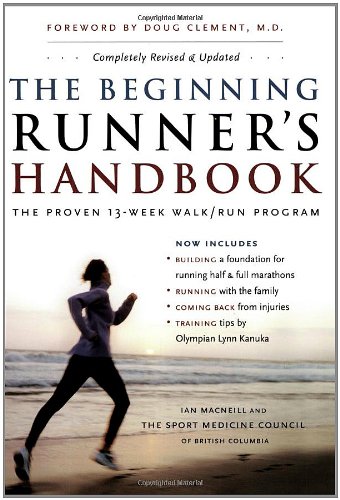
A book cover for The Beginning Runner's Handbook: The Proven 13-Week Walk/Run Program; SportMedBC; Sports & Outdoors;